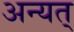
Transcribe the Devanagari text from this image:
अन्यत्